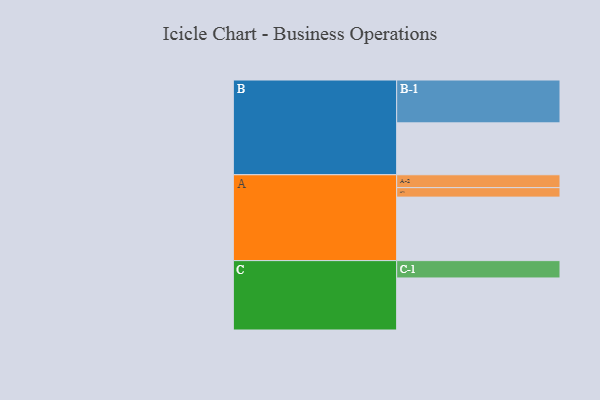
{"axis": {"x": "Segment", "y": "Value"}, "legend": ["", "A", "B", "C"], "data": [{"x": "A", "y": 443, "type": ""}, {"x": "B", "y": 362, "type": ""}, {"x": "C", "y": 363, "type": ""}, {"x": "A-1", "y": 66, "type": "A"}, {"x": "A-2", "y": 90, "type": "A"}, {"x": "B-1", "y": 299, "type": "B"}, {"x": "C-1", "y": 121, "type": "C"}]}